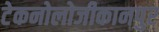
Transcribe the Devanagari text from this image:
टेकनोलोजीकानपुर